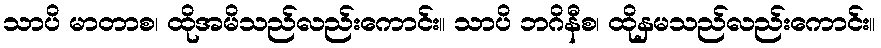
သာပိ မာတာစ၊ ထိုအမိသည်လည်းကောင်း။ သာပိ ဘဂိနီစ၊ ထိုနှမသည်လည်းကောင်း။